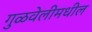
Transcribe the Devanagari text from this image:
गुळवेलीमधील